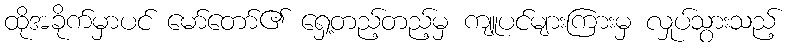
ထိုအခိုက်မှာပင် မော်တော်၏ ရှေ့တည့်တည့်မှ ကျူပင်များကြားမှ လှုပ်သွားသည့်